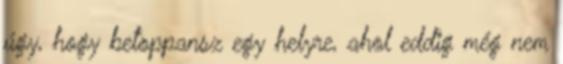
úgy, hogy betoppansz egy helyre, ahol eddig még nem